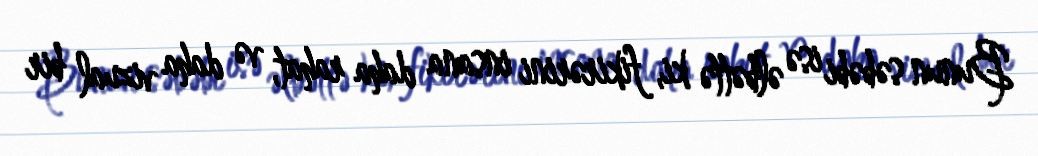
Bunun səbəbi isə əlbəttə ki, fikirərini insana daha rahat, və daha vizual bir